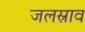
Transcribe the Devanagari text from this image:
जलस्राव